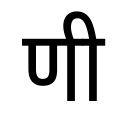
OCR:
णी